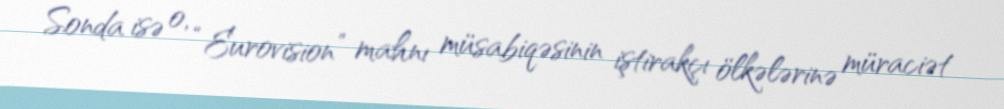
Sonda isə o, “Eurovision” mahnı müsabiqəsinin iştirakçı ölkələrinə müraciət